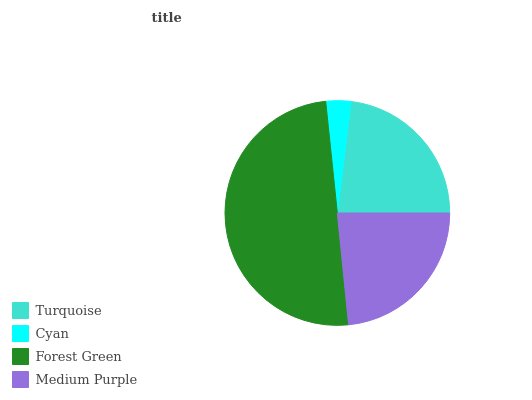
| Turquoise | Cyan | Forest Green | Medium Purple |
 | --- | --- | --- | --- |
 | 23.1% | 3.6% | 50% | 23.4% |